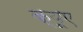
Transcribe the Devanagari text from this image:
क्यूए